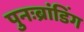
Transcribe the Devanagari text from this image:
पुनःब्रांडिंग